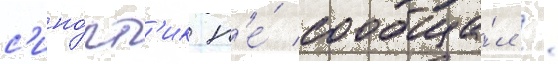
с'ино́пт'ик н'е́ сообща́л /